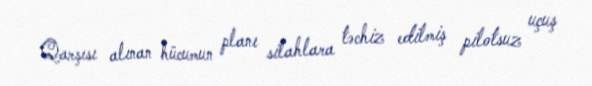
Qarşısı alınan hücumun planı silahlara təchiz edilmiş pilotsuz uçuş